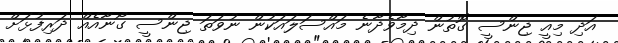
އަދި މިއީ ޖިންސީ ގޮތުން ދިމާވެދާނެ މައްސަލައަކުން ނުވަތަ ޖިންސީ ގޯނާއެއް ދަރިފުޅަށް